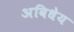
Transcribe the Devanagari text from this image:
अविधेय